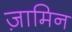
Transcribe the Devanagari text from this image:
ज़ामिन